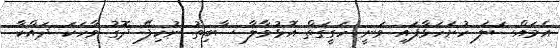
އެމައްސަލަ ހުށަހަޅާފައި ވަނީ ހަގީގަތް އޮޅުވާލާ ސާބިތު ނުހިފޭ ދޮގު ވާހަކަ ދައްކާ